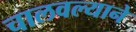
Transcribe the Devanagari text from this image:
चालवल्याने